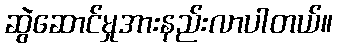
ဆွဲဆောင်မှုအားနည်းလာပါတယ်။